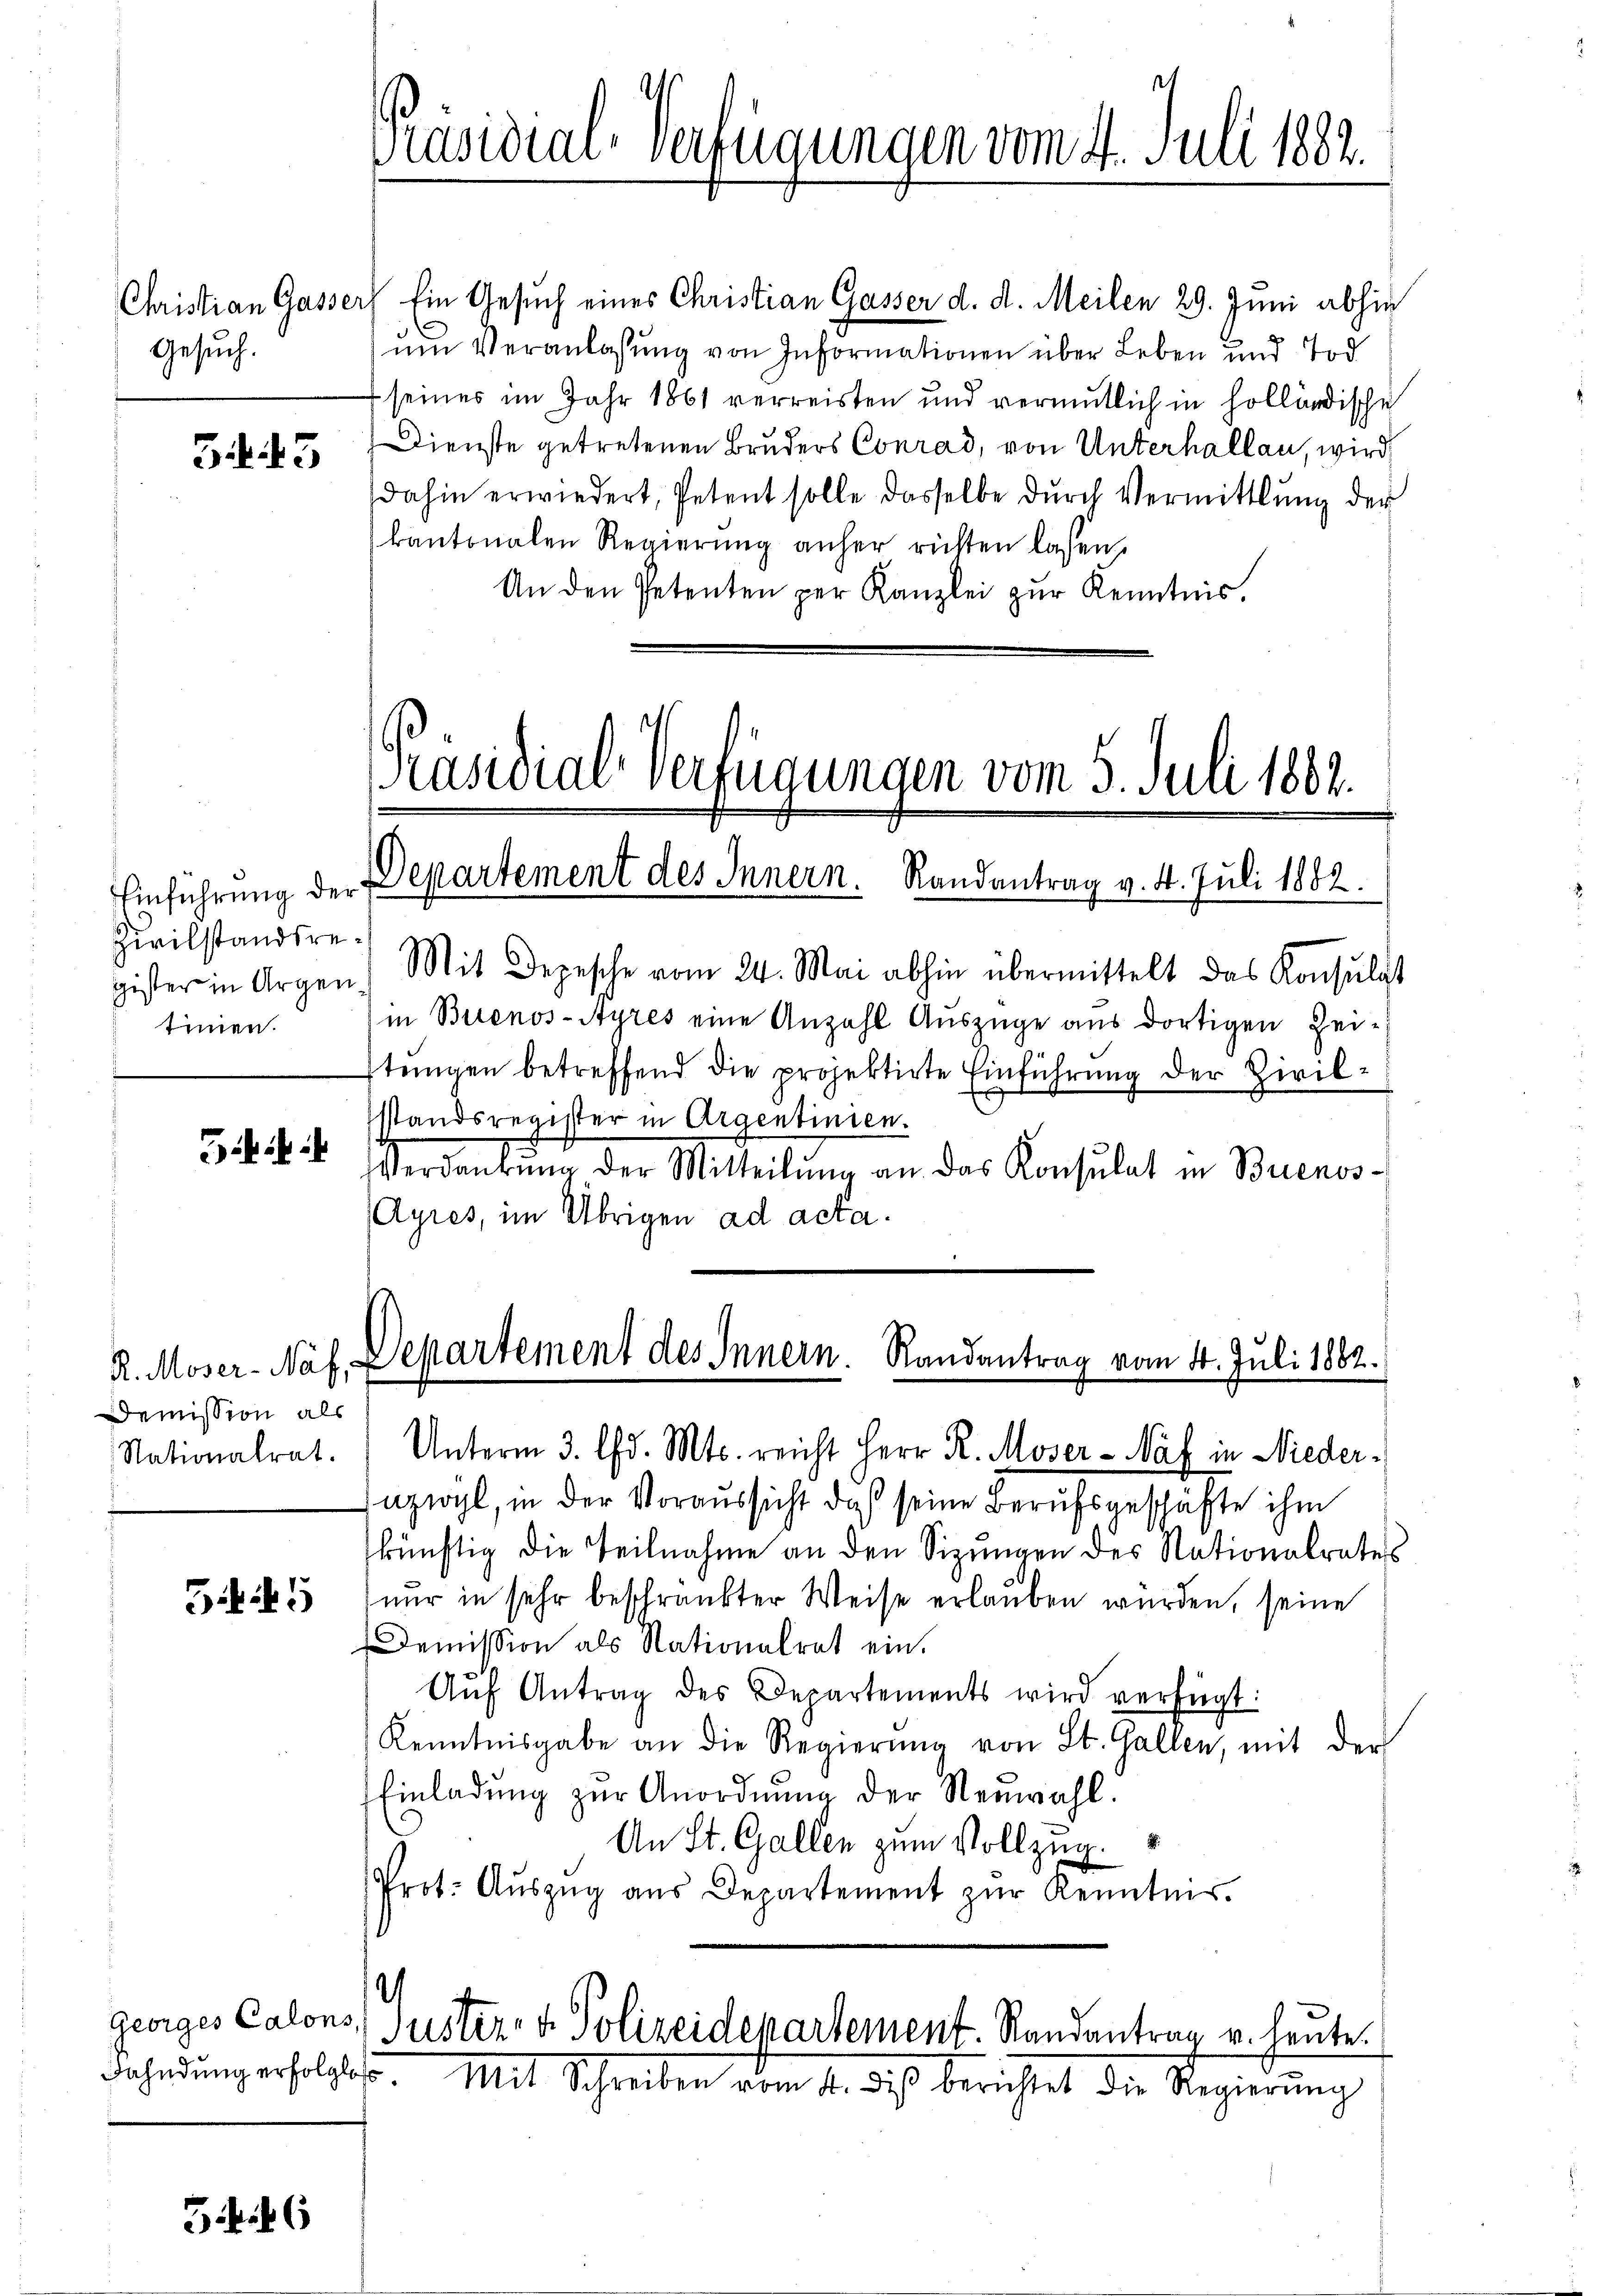
Gesuch.

B. 43

Zivilstandsretinnen.

R. Moser-Näf,
Demission als
Nationalrat.

545

Georges Calons,
Fahndung erfolglos

Christian Gasser Ein Gesuch eines Christian Gasser d. d. Meilen 29. Juni abhin
um Veranlaßung von Informationen über Leben und Tod
f seines im Jahr 1861 verreisten und vermutlich in holländische
Dienste getretenen Bruders Conrad, von Unterhallen, wird
dahin erwiedert, Petent solle dasselbe dŭrch Vermittlung der
kantonalen Regierŭng anher richten lassen,
An den Petenten per Kanzlei zŭr Kenntnis.

d

i
Präsidial-Verfügungen vom 4. Juli 1882.

Präsidial-Verfügungen vom 5. Juli 1882.
Einführung der Departement des Innern. Randantrag v. 4. Juli 1882.

Departement des Innern. Randantrag vom 4. Juli 1882.

gister in Argen! Mit Depesche vom 24. Mai abhin übermittelt das Konsulat
in Buenos-Ayres eine Anzahl Auszüge aus dortigen Zei-
stŭngen betreffend die projektirte Einführung der Zivilsstandsregister in Argentinien.
Verdankŭng der Mitteilŭng an das Konsulat in Buenos-
Ayres, im Übrigen ad acta.

Unterm 3. d. Mts. reicht Herr R. Moser-Näf in Niedernzwyl, in der Voraussicht, daß seine Berufsgeschäfte ihm
künftig die Teilnahme an den Sizungen des Nationalrates
nur in sehr beschränkter Weise erlauben wurden, seine
Demission als Nationalrat ein.
Aŭf Antrag des Departements wird verfügt:
Kenntnisgabe an die Regierŭng von St. Gallen, mit der
Einladŭng zŭr Anordnŭng der Neuwahl.
An St. Gallen zum Vollzug.
Prot. Aŭszŭg aŭs Departement zŭr Kenntnis.

Justiz- & Polizeidepartement. Randantrag v. heute.

Mit Schreiben vom 14. des berichtet die Regierung